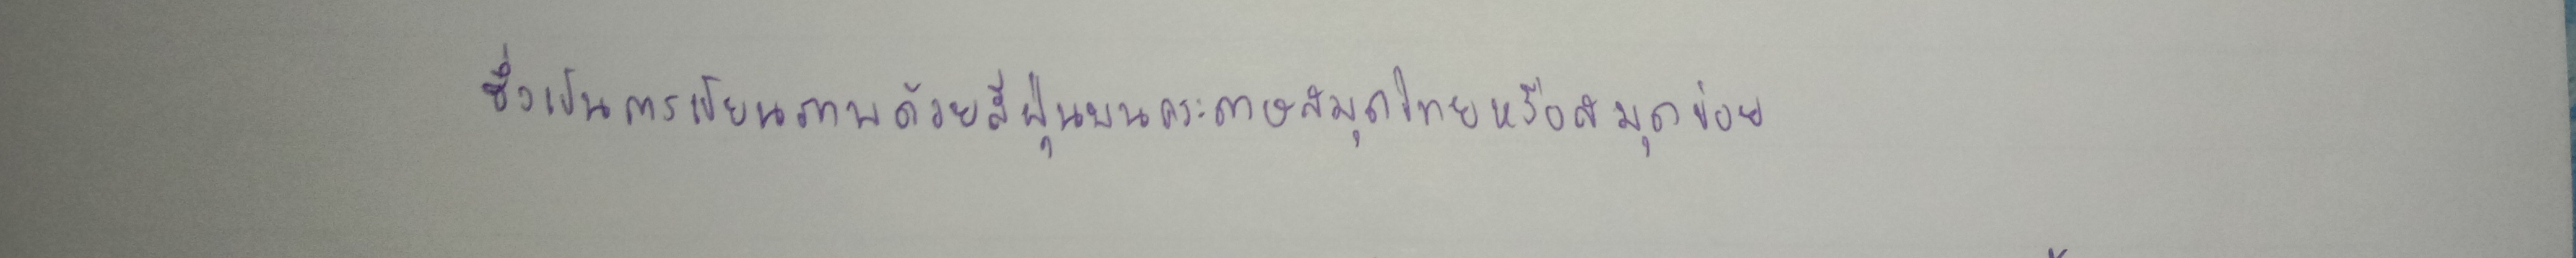
ซึ่งเป็นการเขียนภาพด้วยสีฝุ่นบนกระดาษสมุดไทยหรือสมุดข่อย